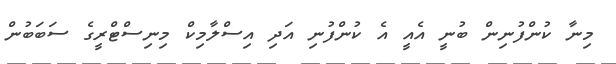
މިނާ ކުންފުނިން ބުނީ އެއީ އެ ކުންފުނި އަދި އިސްލާމިކް މިނިސްޓްރީގެ ސަބަބުން